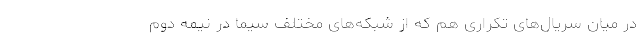
در میان سریال‌های تکراری هم که از شبکه‌های مختلف سیما در نیمه دوم